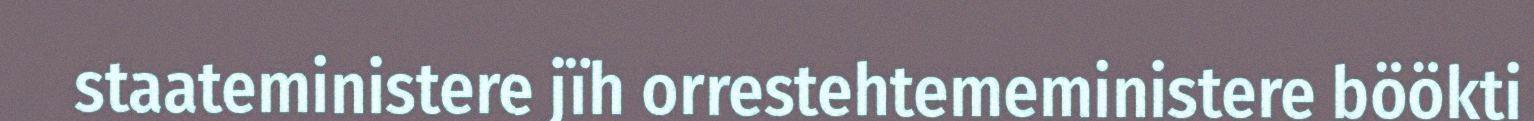
staateministere jïh orrestehtemeministere böökti